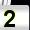
Digit: 2